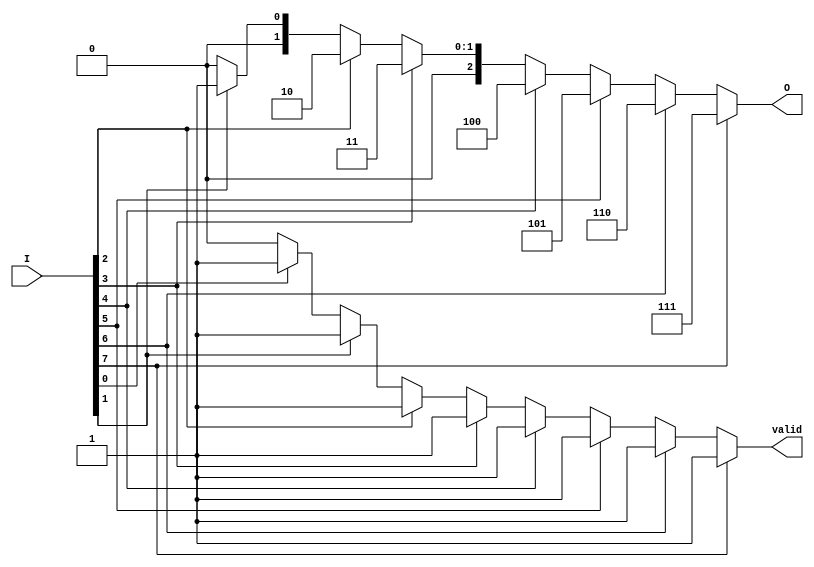
module encoder_8_to_3 (
    input [7:0] I,      // 8 input lines
    output reg [2:0] O, // 3 output lines
    output reg valid     // Valid output signal
);

// Combinational logic to determine the output
always @(*) begin
    // Default values
    O = 3'b000;        // Default output
    valid = 1'b0;     // Default valid signal

    // Check inputs from highest to lowest
    if (I[7]) begin
        O = 3'b111;   // Output for I[7]
        valid = 1'b1; // Set valid signal
    end else if (I[6]) begin
        O = 3'b110;   // Output for I[6]
        valid = 1'b1; // Set valid signal
    end else if (I[5]) begin
        O = 3'b101;   // Output for I[5]
        valid = 1'b1; // Set valid signal
    end else if (I[4]) begin
        O = 3'b100;   // Output for I[4]
        valid = 1'b1; // Set valid signal
    end else if (I[3]) begin
        O = 3'b011;   // Output for I[3]
        valid = 1'b1; // Set valid signal
    end else if (I[2]) begin
        O = 3'b010;   // Output for I[2]
        valid = 1'b1; // Set valid signal
    end else if (I[1]) begin
        O = 3'b001;   // Output for I[1]
        valid = 1'b1; // Set valid signal
    end else if (I[0]) begin
        O = 3'b000;   // Output for I[0]
        valid = 1'b1; // Set valid signal
    end
end

endmodule